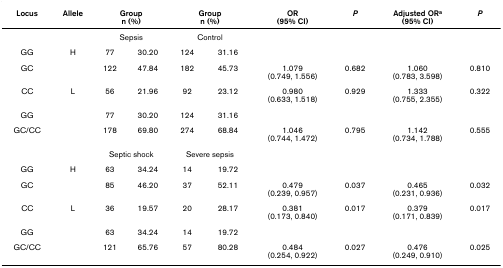
<table><thead><tr><td><b>Locus</b></td><td><b>Allele</b></td><td colspan="2"><b>Groupn (%)</b></td><td colspan="2"><b>Groupn (%)</b></td><td><b>OR(95% CI)</b></td><td><b><i>P</i></b></td><td><b>Adjusted OR<sup>a</sup>(95% CI)</b></td><td><b><i>P</i></b></td></tr></thead><tbody><tr><td></td><td></td><td colspan="2">Sepsis</td><td colspan="2">Control</td><td></td><td></td><td></td><td></td></tr><tr><td>GG</td><td>H</td><td>77</td><td>30.20</td><td>124</td><td>31.16</td><td></td><td></td><td></td><td></td></tr><tr><td>GC</td><td></td><td>122</td><td>47.84</td><td>182</td><td>45.73</td><td>1.079(0.749, 1.556)</td><td>0.682</td><td>1.060(0.783, 3.598)</td><td>0.810</td></tr><tr><td>CC</td><td>L</td><td>56</td><td>21.96</td><td>92</td><td>23.12</td><td>0.980(0.633, 1.518)</td><td>0.929</td><td>1.333(0.755, 2.355)</td><td>0.322</td></tr><tr><td>GG</td><td></td><td>77</td><td>30.20</td><td>124</td><td>31.16</td><td></td><td></td><td></td><td></td></tr><tr><td>GC/CC</td><td></td><td>178</td><td>69.80</td><td>274</td><td>68.84</td><td>1.046(0.744, 1.472)</td><td>0.795</td><td>1.142(0.734, 1.788)</td><td>0.555</td></tr><tr><td></td><td></td><td colspan="2">Septic shock</td><td colspan="2">Severe sepsis</td><td></td><td></td><td></td><td></td></tr><tr><td>GG</td><td>H</td><td>63</td><td>34.24</td><td>14</td><td>19.72</td><td></td><td></td><td></td><td></td></tr><tr><td>GC</td><td></td><td>85</td><td>46.20</td><td>37</td><td>52.11</td><td>0.479(0.239, 0.957)</td><td>0.037</td><td>0.465(0.231, 0.936)</td><td>0.032</td></tr><tr><td>CC</td><td>L</td><td>36</td><td>19.57</td><td>20</td><td>28.17</td><td>0.381(0.173, 0.840)</td><td>0.017</td><td>0.379(0.171, 0.839)</td><td>0.017</td></tr><tr><td>GG</td><td></td><td>63</td><td>34.24</td><td>14</td><td>19.72</td><td></td><td></td><td></td><td></td></tr><tr><td>GC/CC</td><td></td><td>121</td><td>65.76</td><td>57</td><td>80.28</td><td>0.484(0.254, 0.922)</td><td>0.027</td><td>0.476(0.249, 0.910)</td><td>0.025</td></tr></tbody></table>